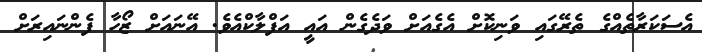
އެސަކަރާތެއްގެ ތެރޭގައި ވަނިކޮށް އެގެއަށް ވަދެގެން އައީ އަފްލާކްއެވެ. އޭނައަށް ޒޯހާ ފެންނައިރަށް